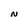
Character: N